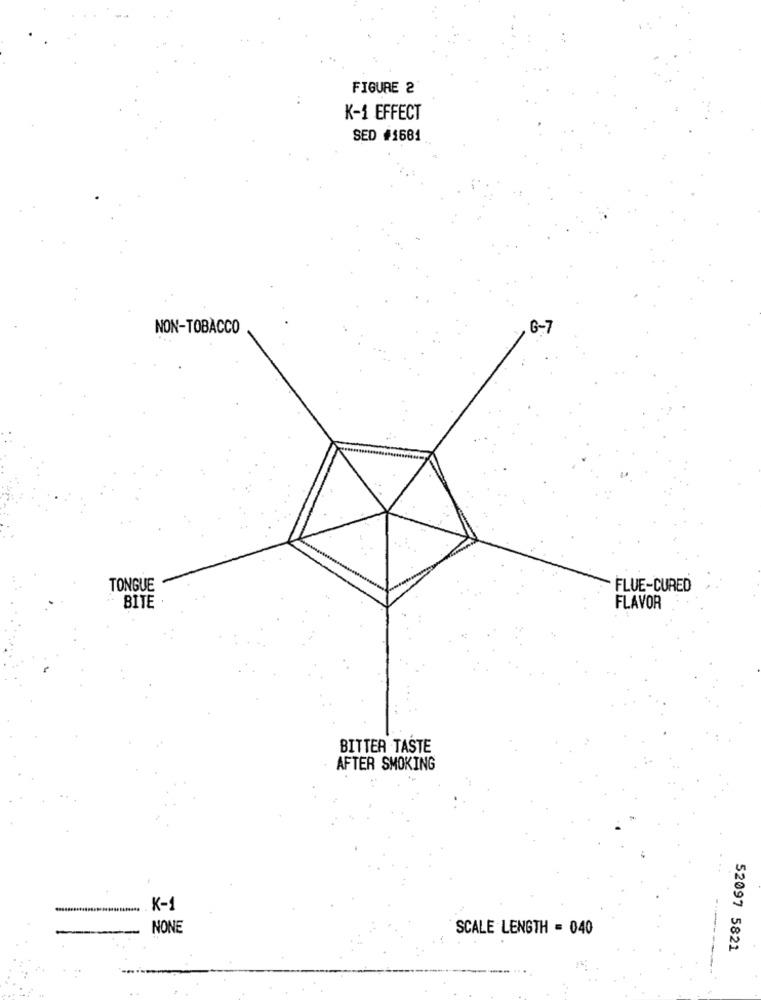
FIGURE 2
K-1 EFFECT
SED #1681
NON-TOBACCO
, 6-7
TONGUE
FLUE-CURED
BITE
FLAVOR
BITTER TASTE
AFTER SMOKING
K-1
NONE
SCALE LENGTH = 040
52097 5821